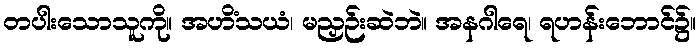
တပါးသောသူကို။ အဟိံသယံ၊ မညှဉ်းဆဲဘဲ။ အနဂါရေ၊ ရဟန်းဘောင်၌။